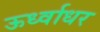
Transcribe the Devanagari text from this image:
ऊर्ध्‍वाधर